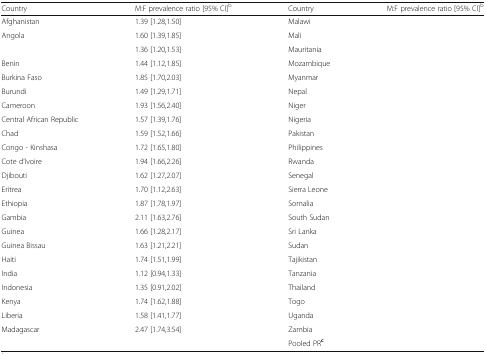
<table><thead><tr><td><b>Country</b></td><td><b>M:F prevalence ratio [95% CI]<sup>b</sup></b></td><td><b>Country</b></td><td><b>M:F prevalence ratio [95% CI]<sup>b</sup></b></td></tr></thead><tbody><tr><td>Afghanistan</td><td>1.39 [1.28,1.50]</td><td>Malawi</td><td>[EMPTY_CELL]</td></tr><tr><td>Angola</td><td>1.60 [1.39,1.85]</td><td>Mali</td><td>[EMPTY_CELL]</td></tr><tr><td>[EMPTY_CELL]</td><td>1.36 [1.20,1.53]</td><td>Mauritania</td><td>[EMPTY_CELL]</td></tr><tr><td>Benin</td><td>1.44 [1.12,1.85]</td><td>Mozambique</td><td>[EMPTY_CELL]</td></tr><tr><td>Burkina Faso</td><td>1.85 [1.70,2.03]</td><td>Myanmar</td><td>[EMPTY_CELL]</td></tr><tr><td>Burundi</td><td>1.49 [1.29,1.71]</td><td>Nepal</td><td>[EMPTY_CELL]</td></tr><tr><td>Cameroon</td><td>1.93 [1.56,2.40]</td><td>Niger</td><td>[EMPTY_CELL]</td></tr><tr><td>Central African Republic</td><td>1.57 [1.39,1.76]</td><td>Nigeria</td><td>[EMPTY_CELL]</td></tr><tr><td>Chad</td><td>1.59 [1.52,1.66]</td><td>Pakistan</td><td>[EMPTY_CELL]</td></tr><tr><td>Congo - Kinshasa</td><td>1.72 [1.65,1.80]</td><td>Philippines</td><td>[EMPTY_CELL]</td></tr><tr><td>Cote d’Ivoire</td><td>1.94 [1.66,2.26]</td><td>Rwanda</td><td>[EMPTY_CELL]</td></tr><tr><td>Djibouti</td><td>1.62 [1.27,2.07]</td><td>Senegal</td><td>[EMPTY_CELL]</td></tr><tr><td>Eritrea</td><td>1.70 [1.12,2.63]</td><td>Sierra Leone</td><td>[EMPTY_CELL]</td></tr><tr><td>Ethiopia</td><td>1.87 [1.78,1.97]</td><td>Somalia</td><td>[EMPTY_CELL]</td></tr><tr><td>Gambia</td><td>2.11 [1.63,2.76]</td><td>South Sudan</td><td>[EMPTY_CELL]</td></tr><tr><td>Guinea</td><td>1.66 [1.28,2.17]</td><td>Sri Lanka</td><td>[EMPTY_CELL]</td></tr><tr><td>Guinea Bissau</td><td>1.63 [1.21,2.21]</td><td>Sudan</td><td>[EMPTY_CELL]</td></tr><tr><td>Haiti</td><td>1.74 [1.51,1.99]</td><td>Tajikistan</td><td>[EMPTY_CELL]</td></tr><tr><td>India</td><td>1.12 [0.94,1.33]</td><td>Tanzania</td><td>[EMPTY_CELL]</td></tr><tr><td>Indonesia</td><td>1.35 [0.91,2.02]</td><td>Thailand</td><td>[EMPTY_CELL]</td></tr><tr><td>Kenya</td><td>1.74 [1.62,1.88]</td><td>Togo</td><td>[EMPTY_CELL]</td></tr><tr><td>Liberia</td><td>1.58 [1.41,1.77]</td><td>Uganda</td><td>[EMPTY_CELL]</td></tr><tr><td>Madagascar</td><td>2.47 [1.74,3.54]</td><td>Zambia</td><td>[EMPTY_CELL]</td></tr><tr><td>[EMPTY_CELL]</td><td>[EMPTY_CELL]</td><td>Pooled PR<sup>c</sup></td><td>[EMPTY_CELL]</td></tr></tbody></table>